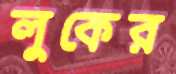
লুকের